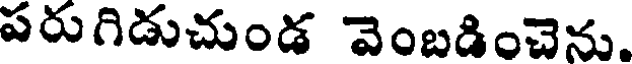
పరుగిడుచుండ వెంబడించెను.